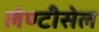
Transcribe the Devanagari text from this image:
लेण्टीसेल